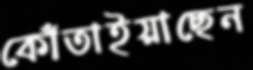
কোঁতাইয়াছেন